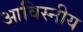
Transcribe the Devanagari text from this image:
आविस्नीय